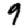
Digit: 9